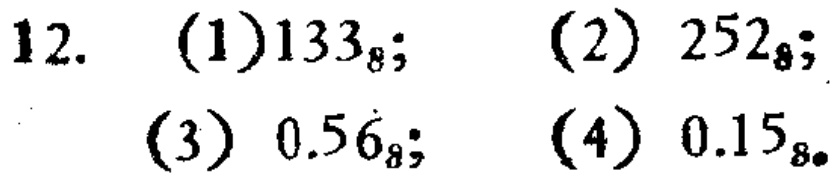
12. (1)$133_{8}$; (2) $252_{8}$; (3) $0.5\dot{6}_{8}$; (4) $0.15_{8}$